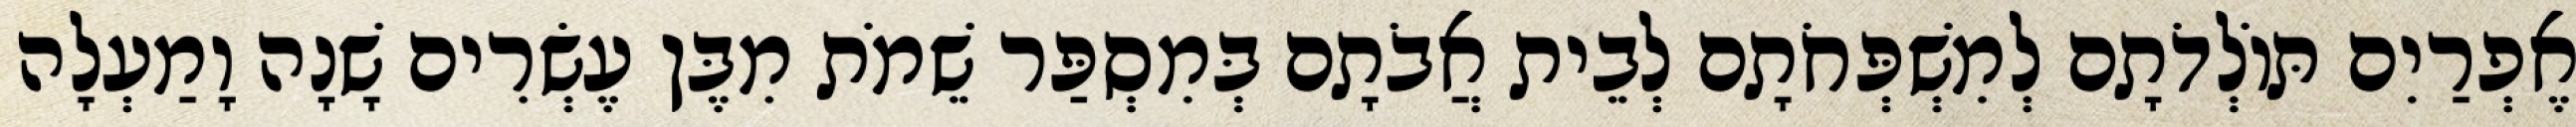
אֶפְרַיִם תּוֹלְדֹתָם לְמִשְׁפְּחֹתָם לְבֵית אֲבֹתָם בְּמִסְפַּר שֵׁמֹת מִבֶּן עֶשְׂרִים שָׁנָה וָמַעְלָה